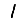
Digit: 1